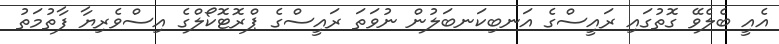
އެއީ ބެލެވޭ ގޮތުގައި ރައީސްގެ އަނބިކަނބަލުން ނުވަތަ ރައީސްގެ ޕްރޮޓޮކޯލްގެ އިސްވެރިޔާ ފާތުމަތު